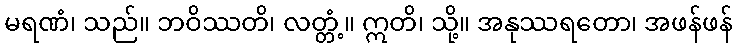
မရဏံ၊ သည်။ ဘဝိဿတိ၊ လတ္တံ့။ ဣတိ၊ သို့။ အနုဿရတော၊ အဖန်ဖန်